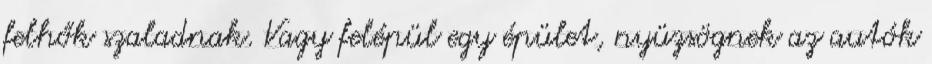
felhők szaladnak. Vagy felépül egy épület, nyüzsögnek az autók